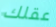
عقلك